Annual report on the Civil Veterinary Department, Burma (including the Insein Veterinary School) - 1910-1922
Year: 1910
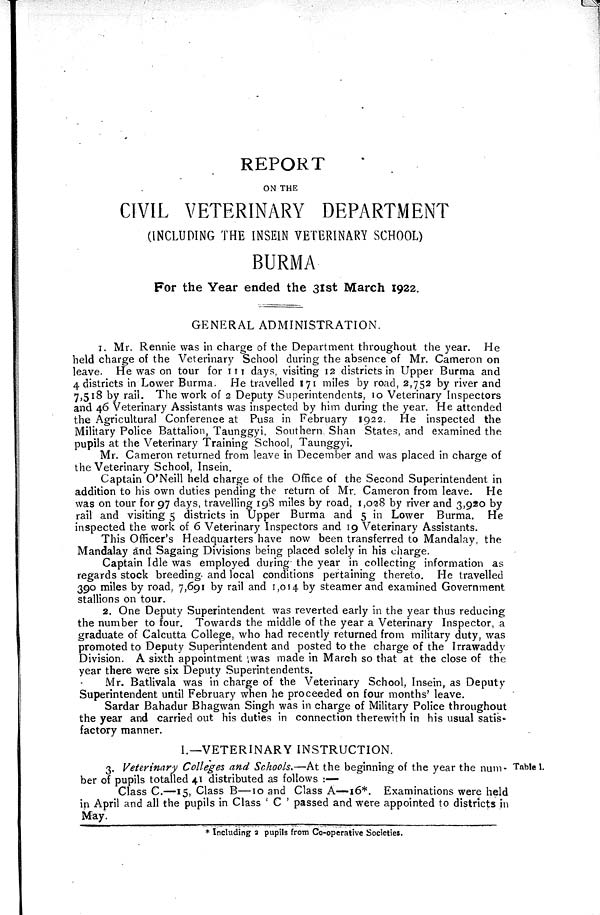
REPORT
ON THE
CIVIL VETERINARY DEPARTMENT
(INCLUDING THE INSEIN VETERINARY SCHOOL)
BURMA
For the Year ended the 31st March 1922.
GENERAL ADMINISTRATION.
1. Mr. Rennie was in charge of the Department throughout the year. He
held charge of the Veterinary School during the absence of Mr. Cameron on
leave. He was on tour for 111 days, visiting 12 districts in Upper Burma and
4 districts in Lower Burma. He travelled 171 miles by road, 2,752 by river and
7,518 by rail. The work of 2 Deputy Superintendents, 10 Veterinary Inspectors
and 46 Veterinary Assistants was inspected by him during the year. He attended
the Agricultural Conference at Pusa in February 1922. He inspected the
Military Police Battalion, Taunggyi, Southern Shan States, and examined the
pupils at the Veterinary Training School, Taunggyi.
Mr. Cameron returned from leave in December and was placed in charge of
the Veterinary School, Insein.
Captain O'Neill held charge of the Office of the Second Superintendent in
addition to his own duties pending the return of Mr. Cameron from leave. He
was on tour for 97 days, travelling 198 miles by road, 1,028 by river and 3,920 by
rail and visiting 5 districts in Upper Burma and 5 in Lower Burma. He
inspected the work of 6 Veterinary Inspectors and 19 Veterinary Assistants.
This Officer's Headquarters have now been transferred to Mandalay, the
Mandalay and Sagaing Divisions being placed solely in his charge.
Captain Idle was employed during the year in collecting information as
regards stock breeding and local conditions pertaining thereto. He travelled
390 miles by road, 7,691 by rail and 1,014 by steamer and examined Government
stallions on tour.
2. One Deputy Superintendent was reverted early in the year thus reducing
the number to four. Towards the middle of the year a Veterinary Inspector a
graduate of Calcutta College, who had recently returned from military duty, was
promoted to Deputy Superintendent and posted to the charge of the Irrawaddy
Division. A sixth appointment was made in March so that at the close of the
year there were six Deputy Superintendents.
Mr. Batlivala was in charge of the Veterinary School, Insein, as Deputy
Superintendent until February when he proceeded on four months' leave.
Sardar Bahadur Bhagwan Singh was in charge of Military Police throughout
the year and carried out his duties in connection therewith in his usual satis-
factory manner.
I.—VETERINARY INSTRUCTION.
Table 1.
3. Veterinary Colleges and Schools.—At the beginning of the year the num-
ber of pupils totalled 41 distributed as follows :—
Class C.—15, Class B—10 and Class A—16*. Examinations were held
in April and all the pupils in Class ' C ' passed and were appointed to districts in
May.
* Including 2 pupils from Co-operative Societies.